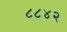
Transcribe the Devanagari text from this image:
८८४२